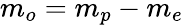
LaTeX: m_{o}=m_{p}-m_{e}